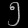
Digit: ၅